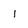
Character: 1